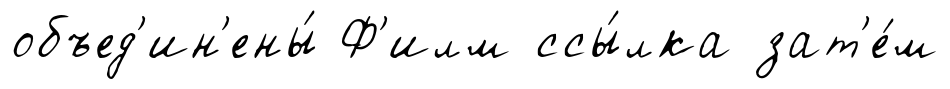
объед'ин'ены́ Ф'илм ссы́лка зат'е́м